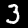
Digit: 3